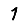
Digit: 1